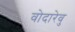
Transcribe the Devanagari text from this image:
वोदारेवु